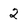
Character: 2